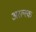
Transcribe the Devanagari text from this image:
अरल्स्क